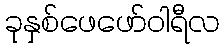
ခုနှစ်ဖေဖော်ဝါရီလ